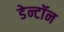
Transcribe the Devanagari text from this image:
डेन्टॉन